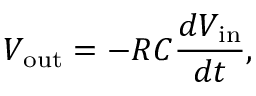
V _ { \mathrm { o u t } } = - R C { \frac { d V _ { \mathrm { i n } } } { d t } } ,